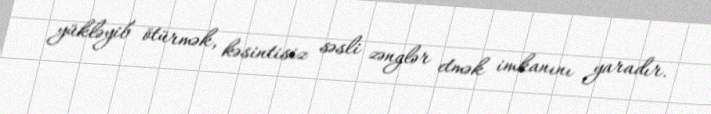
yükləyib ötürmək, kəsintisiz səsli zənglər etmək imkanını yaradır.